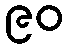
၉၀